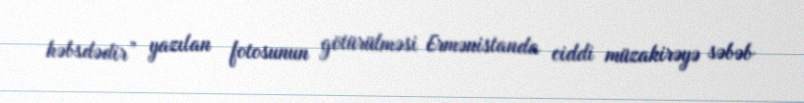
həbsdədir” yazılan fotosunun götürülməsi Ermənistanda ciddi müzakirəyə səbəb